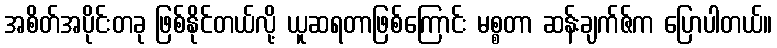
အစိတ်အပိုင်းတခု ဖြစ်နိုင်တယ်လို့ ယူဆရတာဖြစ်ကြောင်း မစ္စတာ ဆန်းချက်ဇ်က ပြောပါတယ်။